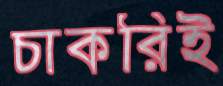
চাকরিই